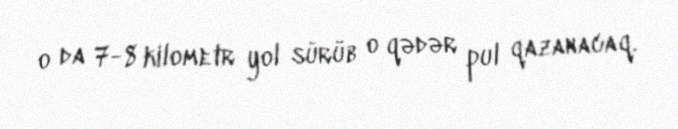
o da 7-8 kilometr yol sürüb o qədər pul qazanacaq.